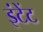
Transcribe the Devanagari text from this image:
इंटेंट